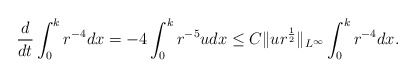
\begin{align*}\frac{d}{dt}\int_0^kr^{-4}dx=-4\int_0^k r^{-5}udx\leq C\|ur^{\frac{1}{2}}\|_{L^\infty}\int_0^kr^{-4}dx.\end{align*}